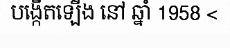
បង្កើតឡើង នៅ ឆ្នាំ 1958 <